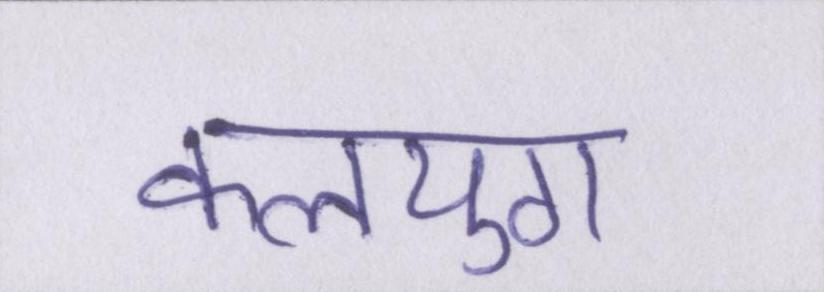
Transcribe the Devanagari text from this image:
कलयुग